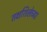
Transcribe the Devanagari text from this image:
तक्षशिलेच्या